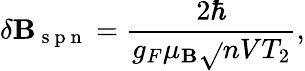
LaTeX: \delta\mathbf{B}_{\mathrm{{~s~p~n~}}}=\frac{{2\hbar}}{{g_{F}\mu_{\mathbf{B}}\sqrt{}{{nVT_{2}}}}},